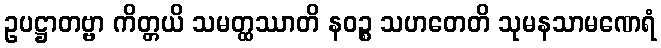
ဥပဋ္ဌာတဗ္ဗာ ကိတ္တယိ သမတ္ထဿာတိ နဝဉ္စ သဟတေတိ သုမနသာမဏေရံ